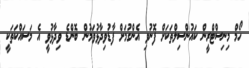
ހޯމް މިނިސްޓްރީން ކައުންސިލްތަކަށް ފޮނުވި އެންގުމަށް ފާޑުވިދާޅުވަމުން ބޮންޑެ ވިދާޅުވީ އެ މަސައްކަތަކީ